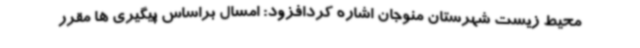
محیط زیست شهرستان منوجان اشاره کردافزود: امسال براساس پیگیری ها مقرر